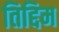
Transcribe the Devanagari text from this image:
तिद्दिम